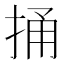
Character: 捅